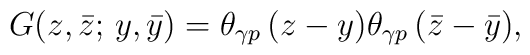
G(z,\bar z;\,y,\bar y)= \theta_{\gamma p}\, (z-y)\theta_{\gamma  p}\, (\bar z-\bar y),